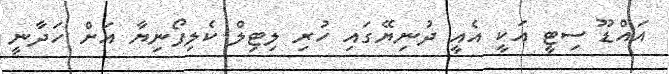
އައްޑޫ ސިޓީ އަކީ އެއީ ދުނިޔޭގައި ހުރި ލިޓިލް ކެލިފޯނިޔާ އަށް ހަދާނީ